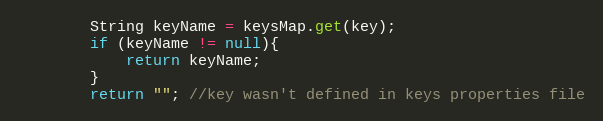
Language: Java
        String keyName = keysMap.get(key);
        if (keyName != null){
            return keyName;
        }
        return ""; //key wasn't defined in keys properties file